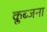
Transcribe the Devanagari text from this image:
क्लब्जना